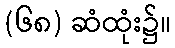
(၆၈) ဆံထုံး၌။